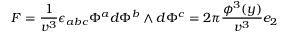
F = \frac 1 { v ^ { 3 } } \epsilon _ { a b c } \Phi ^ { a } d \Phi ^ { b } \wedge d \Phi ^ { c } = 2 \pi \frac { \phi ^ { 3 } ( y ) } { v ^ { 3 } } e _ { 2 }